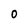
Character: O